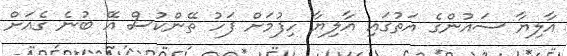
އާލިޔާ ސައުންގެ އަތުގައި އާލިޔާ ހިފުމަށް ފަހު ތޭންކުސް އޭ ބުނެ ގެއަށް